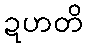
ဍဟတိ